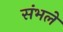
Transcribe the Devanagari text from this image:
संभलें